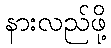
နားလည်ဖို့